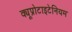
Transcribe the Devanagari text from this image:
क्यूप्रोटाइटेनियम